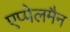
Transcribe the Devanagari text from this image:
एप्पेलमैन